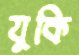
যুকি